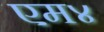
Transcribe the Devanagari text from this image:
एम४